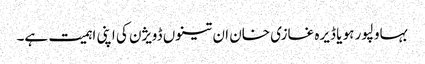
بہاولپور ہو یا ڈیرہ غازی خان ان تینوں ڈویژن کی اپنی اہمیت ہے۔